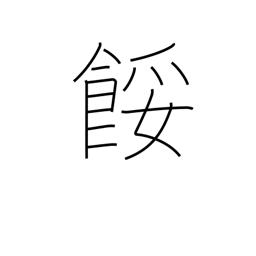
Meaning: spoil